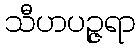
သီဟပဉ္ဇရာ